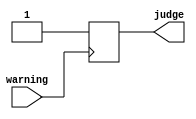
module reset(
    input warning,
    output judge
    );
    wire warning;
    reg judge=0,count=0;
    always @(posedge warning)
    begin
        if(warning==1)
        begin
            judge=1;
        end
        else
        judge=0;
    end
endmodule